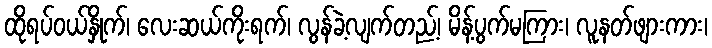
ထိုရပ်ဝယ်နှိုက်၊ လေးဆယ်ကိုးရက်၊ လွန်ခဲ့လျက်တည့်၊ မိန့်ပွက်မကြား၊ လူနတ်ဖျားကား၊